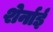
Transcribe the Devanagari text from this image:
शेर्नाई